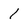
Character: 1